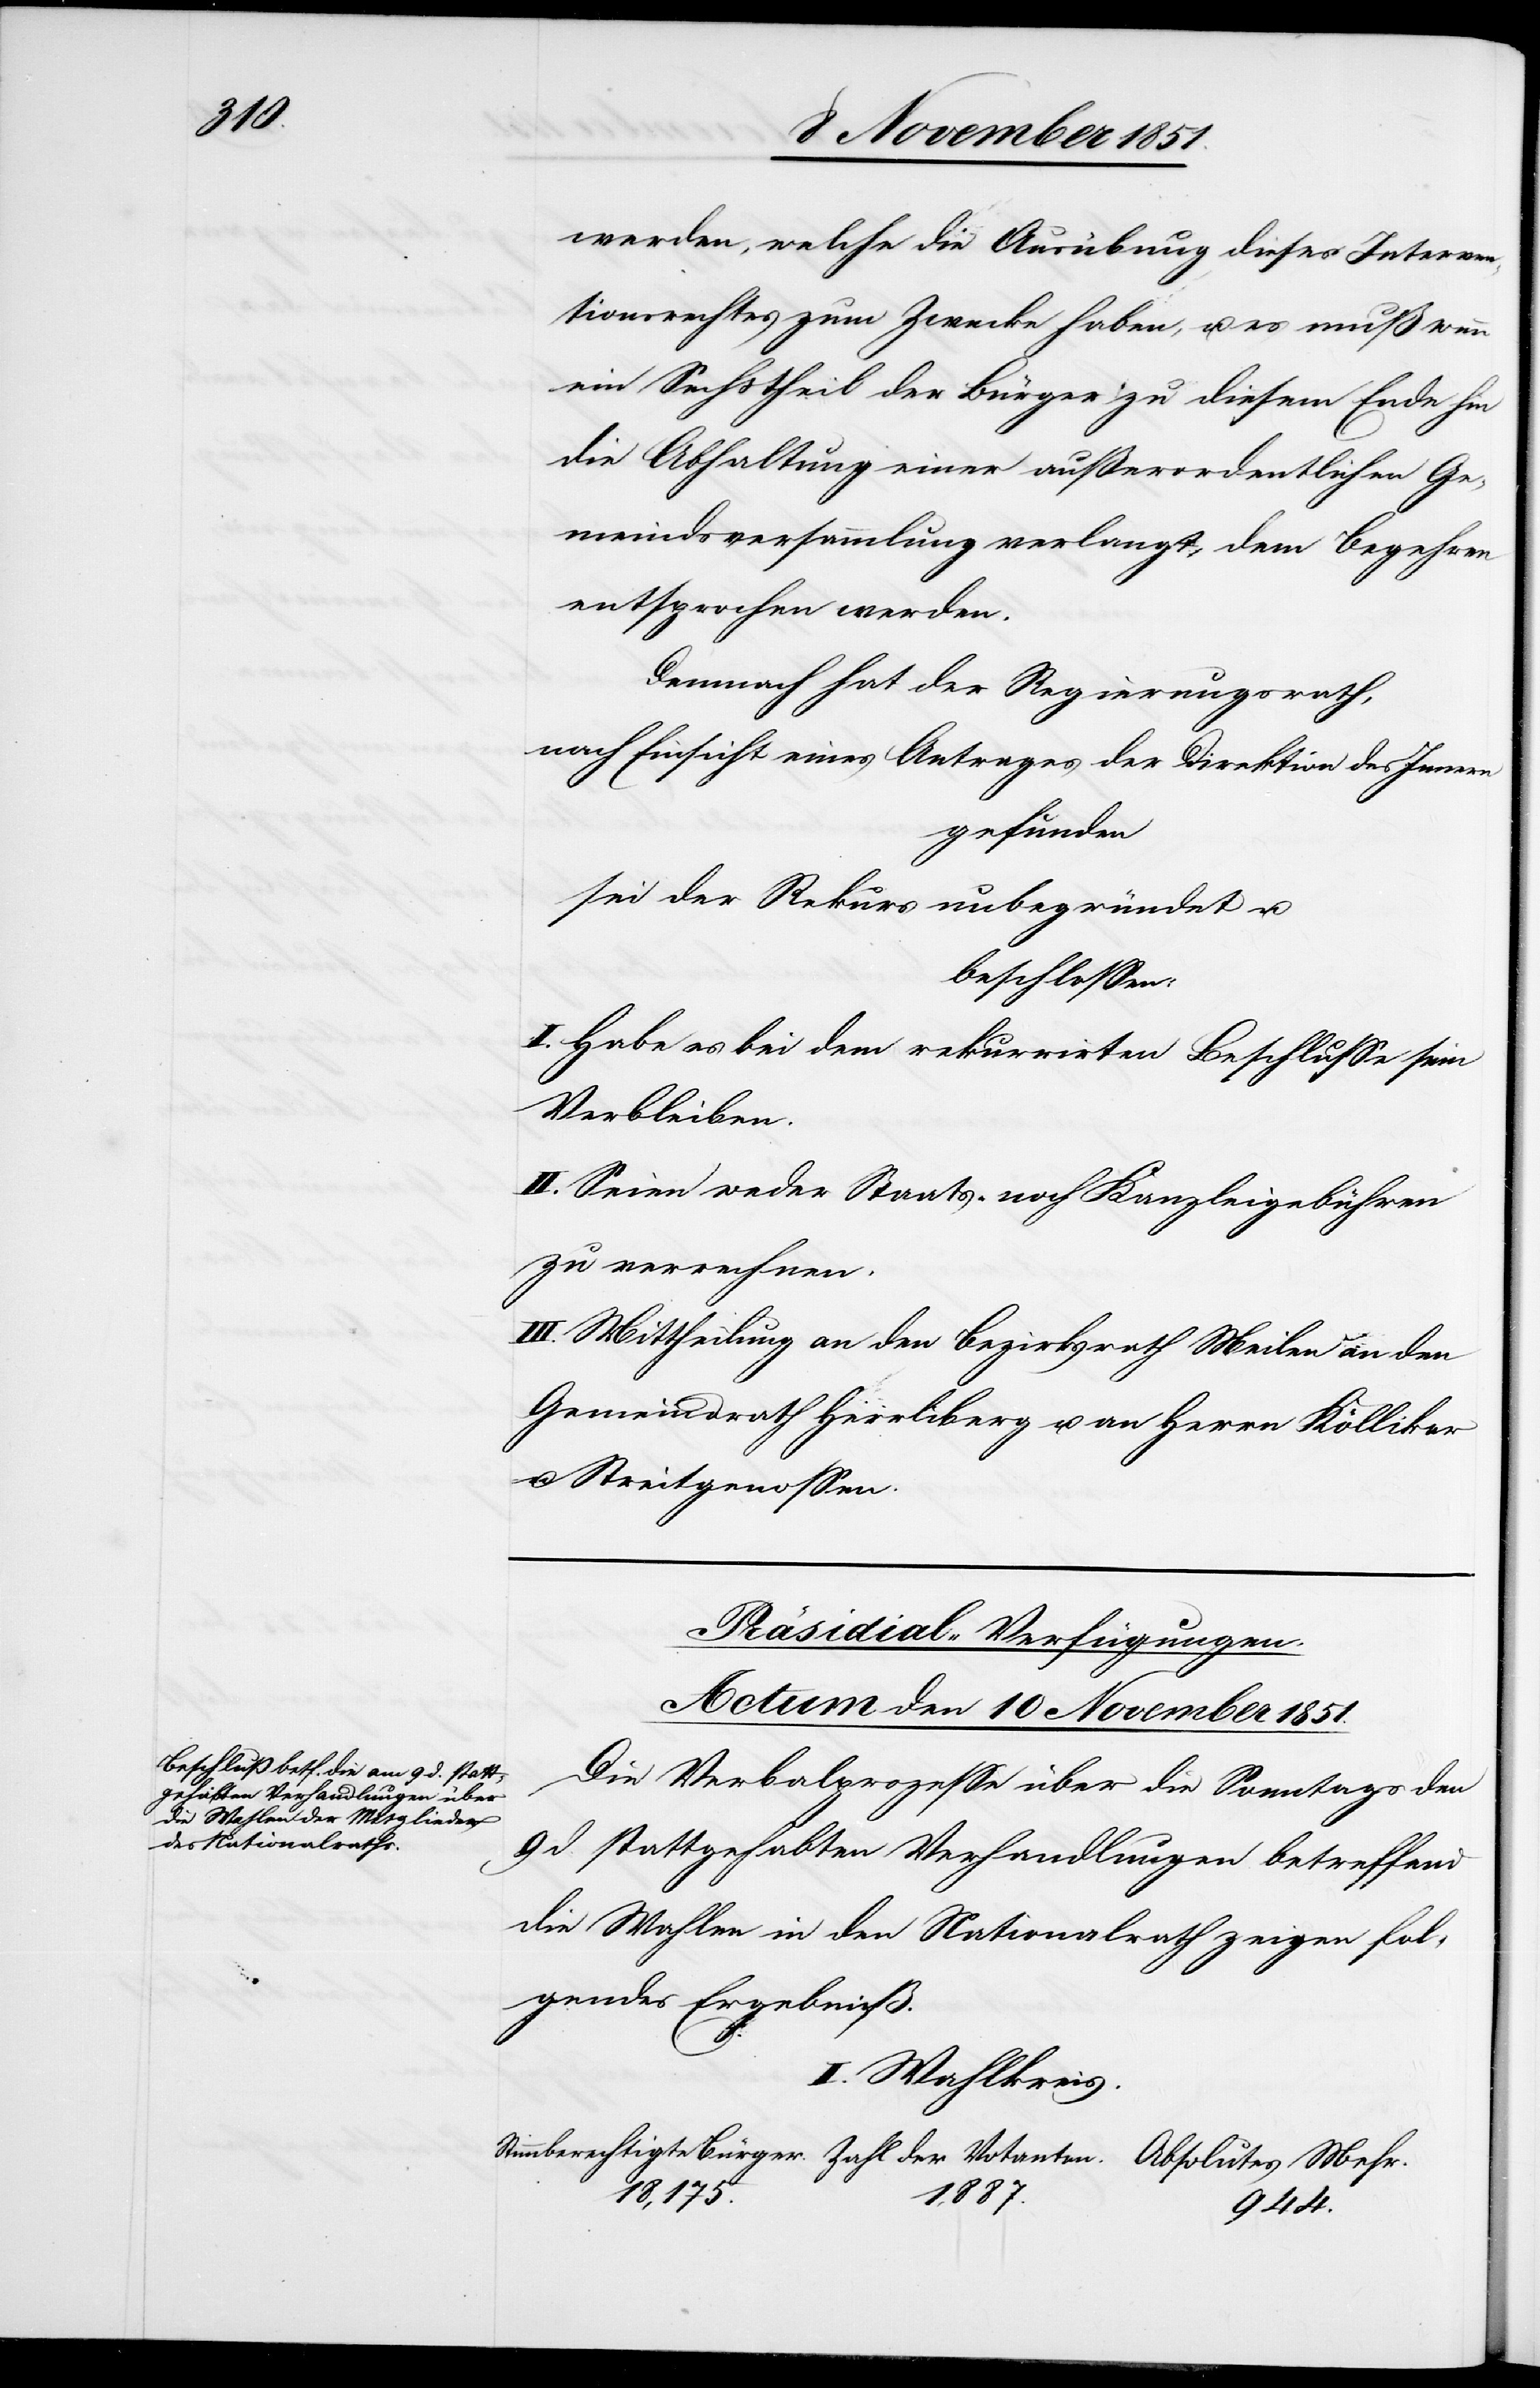
944.

werden, welche die Ausübung dieses Interven¬
tionsrechtes zum Zwecke haben, u. es muß wenn
ein Sechstheil der Bürger zu diesem Ende hin
die Abhaltung einer außerordentlichen Ge¬
meindsversammlung verlangt, dem Begehren
entsprochen werden.
Demnach hat der Regierungsrath,
nach Einsicht eines Antrages der Direktion des Innern
gefunden
sei der Rekurs unbegründet u.
beschlossen:
I. Habe es bei dem rekurrirten Beschlusse sein
Verbleiben.
II. Seien weder Staats- noch Kanzleigebühren
zu verrechnen.
III. Mittheilung an den Bezirksrath Meilen[,] an den
Gemeindrath Herrliberg u. an Herrn Kölliker
u. Streitgenossen.
Präsidial-Verfügungen.
Actum den 10 November 1851.
Die Verbalprozesse über die Sonntags den
9 d. stattgehabten Verhandlungen betreffend
die Wahlen in den Nationalrath zeigen fol¬
gendes Ergebniß.
I. Wahlkreis.
1,887.
18,175.
Mehr.